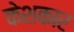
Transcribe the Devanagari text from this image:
केशकार